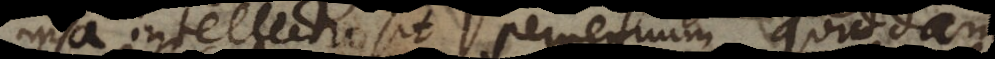
ipsa intellectio sit perpetuum quiddam